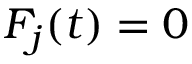
F _ { j } ( t ) = 0